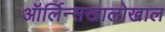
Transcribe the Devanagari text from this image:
ऑर्लिन्सखालोखाल